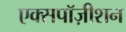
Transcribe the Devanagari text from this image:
एक्सपॉज़ीशन